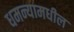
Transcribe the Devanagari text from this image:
धमन्यामधील